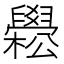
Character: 𦦵